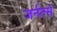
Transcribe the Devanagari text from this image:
जर्नल्सं